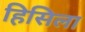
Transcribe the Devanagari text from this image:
हिसिला